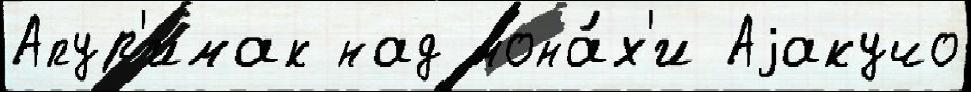
Апур'имак над мона́х'и Аjакучо